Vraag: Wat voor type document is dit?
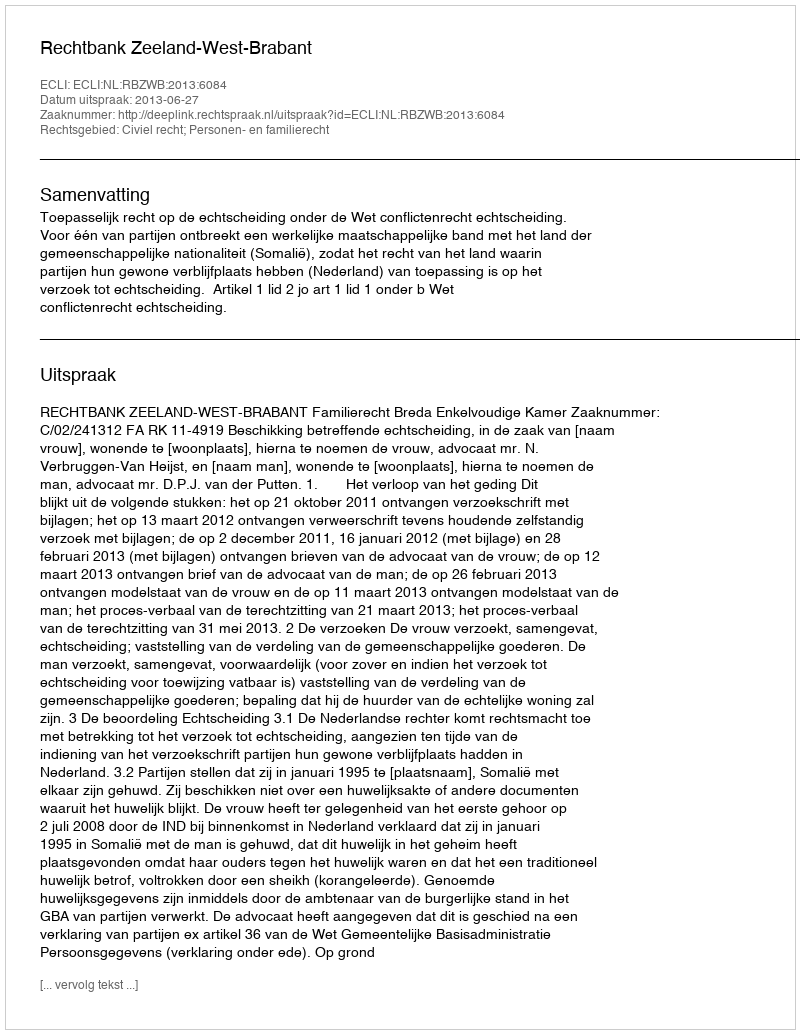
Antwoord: Uitspraak